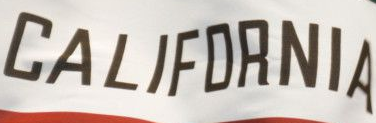
CALIFORNIA